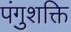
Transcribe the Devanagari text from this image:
पंगुशक्ति